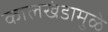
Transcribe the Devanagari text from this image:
कालखंडामुळे